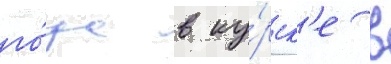
го́да в ку́рск'е в